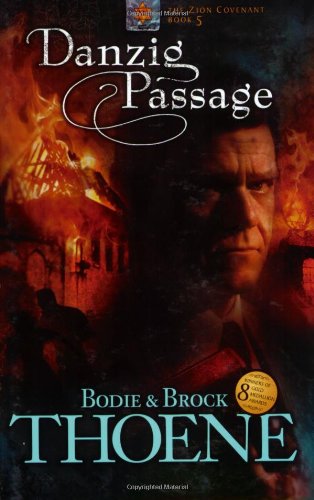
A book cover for Danzig Passage (Zion Covenant, Book 5); Bodie Thoene; Religion & Spirituality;